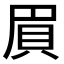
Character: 𮙸